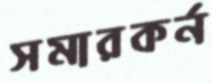
সমারকর্ন